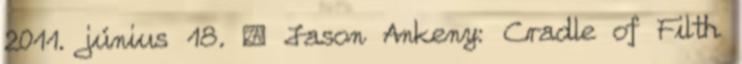
2011. június 18. ↑ Jason Ankeny: Cradle of Filth